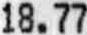
18.77